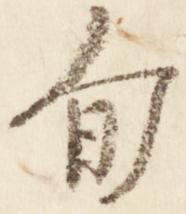
旬